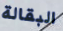
البقالة